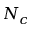
N _ { c }